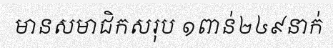
មានសមាជិកសរុប ១ពាន់២៤៩នាក់